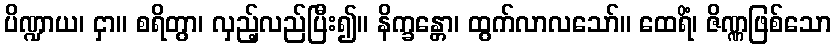
ပိဏ္ဍာယ၊ ငှာ။ စရိတွာ၊ လှည့်လည်ပြီး၍။ နိက္ခန္တော၊ ထွက်လာလသော်။ ထေရိံ၊ ဇိဏ္ဏဖြစ်သော